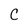
Character: C